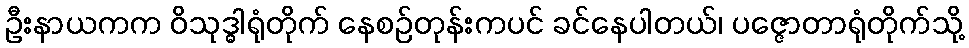
ဦးနာယကက ဝိသုဒ္ဓါရုံတိုက် နေစဉ်တုန်းကပင် ခင်နေပါတယ်၊ ပဇ္ဇောတာရုံတိုက်သို့